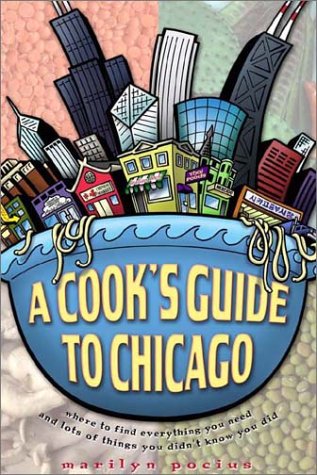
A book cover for A Cook's Guide to Chicago; Marilyn Pocius; Travel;